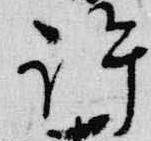
許